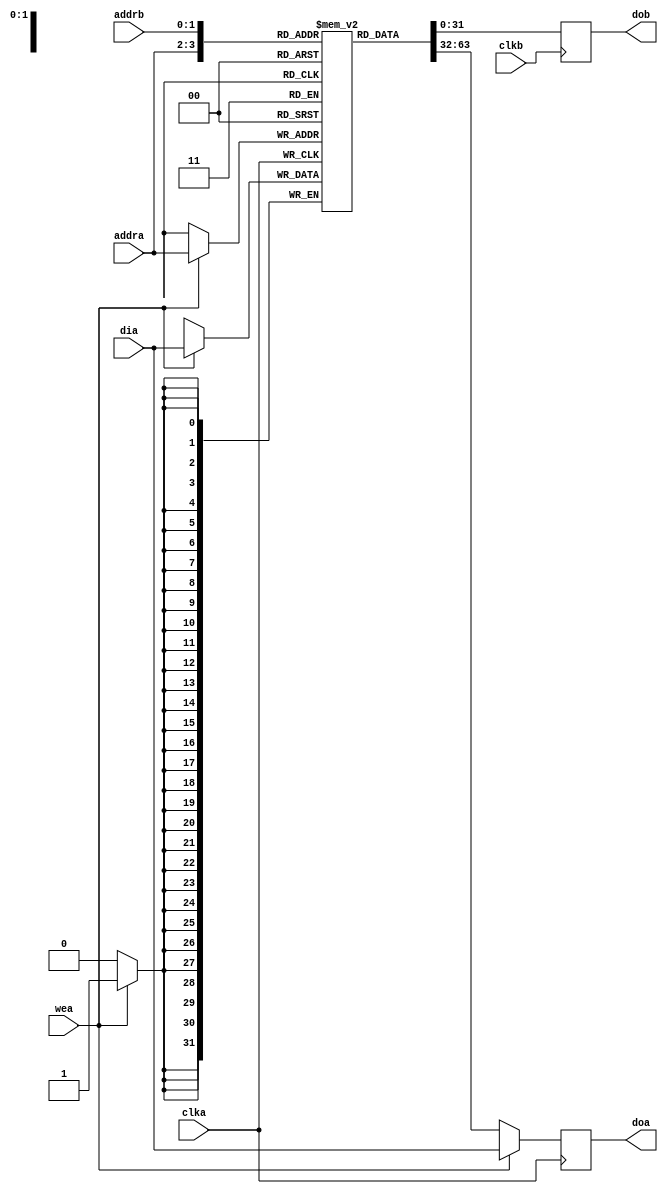
module fm_cmn_bram_02 (
    clka,
    clkb,
    wea,
    addra,
    addrb,
    dia,
    doa,
    dob
 );

//////////////////////////////////
// parameter
//////////////////////////////////
    parameter P_WIDTH = 32;
    parameter P_RANGE = 2;
    parameter P_DEPTH = 1 << P_RANGE;
//////////////////////////////////
// I/O port definition
//////////////////////////////////
    input                clka;
    input                clkb;
    input                wea;
    input  [P_RANGE-1:0] addra;
    input  [P_RANGE-1:0] addrb;
    input  [P_WIDTH-1:0] dia;
    output [P_WIDTH-1:0] doa;
    output [P_WIDTH-1:0] dob;

//////////////////////////////////
// reg 
//////////////////////////////////
    reg [P_WIDTH-1:0] ram [P_DEPTH-1:0];
    reg [P_WIDTH-1:0] doa;
    reg [P_WIDTH-1:0] dob;

//////////////////////////////////
// always
//////////////////////////////////
    // port A: write-first
    always @(posedge clka) begin
        if (wea) begin
            ram[addra] <= dia;
            doa <= dia;
        end else begin
            doa <= ram[addra];
        end
    end

    // port B: read-first
    always @(posedge clkb) begin
        dob <= ram[addrb];
    end
endmodule